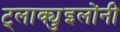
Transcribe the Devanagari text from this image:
ट्लाक्युइलोंनी